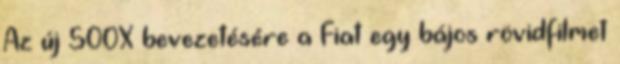
Az új 500X bevezetésére a Fiat egy bájos rövidfilmet